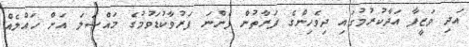
އަދި ވަޒީފާ އަދާކުރުމުގައި ދިވެހިންގެ ފަރާތުން ފެންނަ ފަރުވާކުޑަވުމުގެ މައްސަލަ އަށް ހައްލެއް